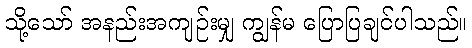
သို့သော် အနည်းအကျဉ်းမျှ ကျွန်မ ပြောပြချင်ပါသည်။